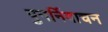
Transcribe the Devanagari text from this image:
पुनर्निवाचन